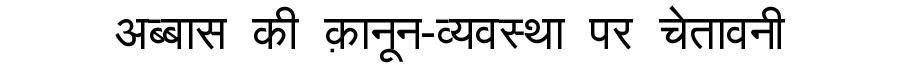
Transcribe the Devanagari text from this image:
अब्बास की क़ानून-व्यवस्था पर चेतावनी